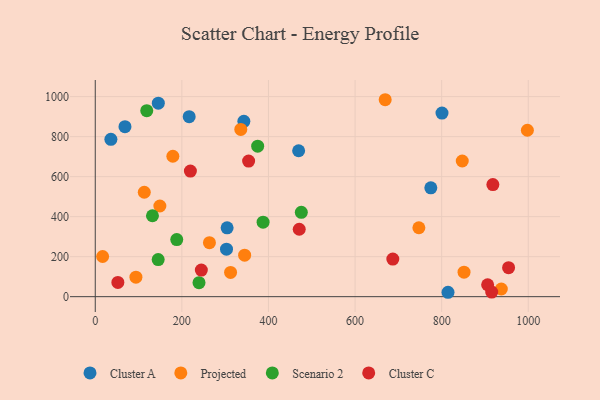
{"axis": {"x": "Speed", "y": "Salary"}, "legend": ["Cluster A", "Cluster C", "Projected", "Scenario 2"], "data": [{"x": "303.1", "y": 237.4, "type": "Cluster A"}, {"x": "800.8", "y": 917.8, "type": "Cluster A"}, {"x": "145.6", "y": 967.2, "type": "Cluster A"}, {"x": "36.1", "y": 786.6, "type": "Cluster A"}, {"x": "814.7", "y": 21.9, "type": "Cluster A"}, {"x": "343.2", "y": 876.3, "type": "Cluster A"}, {"x": "216.9", "y": 899.7, "type": "Cluster A"}, {"x": "68.6", "y": 849.8, "type": "Cluster A"}, {"x": "775.0", "y": 544.0, "type": "Cluster A"}, {"x": "469.7", "y": 729.5, "type": "Cluster A"}, {"x": "304.5", "y": 344.3, "type": "Cluster A"}, {"x": "336.1", "y": 836.2, "type": "Projected"}, {"x": "669.6", "y": 984.5, "type": "Projected"}, {"x": "113.2", "y": 522.0, "type": "Projected"}, {"x": "149.2", "y": 453.2, "type": "Projected"}, {"x": "747.4", "y": 344.4, "type": "Projected"}, {"x": "998.0", "y": 831.9, "type": "Projected"}, {"x": "179.2", "y": 701.9, "type": "Projected"}, {"x": "937.8", "y": 38.3, "type": "Projected"}, {"x": "17.0", "y": 200.7, "type": "Projected"}, {"x": "345.0", "y": 207.5, "type": "Projected"}, {"x": "93.9", "y": 97.5, "type": "Projected"}, {"x": "847.6", "y": 678.1, "type": "Projected"}, {"x": "851.7", "y": 122.6, "type": "Projected"}, {"x": "312.5", "y": 121.1, "type": "Projected"}, {"x": "263.7", "y": 269.8, "type": "Projected"}, {"x": "387.6", "y": 372.5, "type": "Scenario 2"}, {"x": "118.9", "y": 929.9, "type": "Scenario 2"}, {"x": "132.1", "y": 404.5, "type": "Scenario 2"}, {"x": "145.3", "y": 185.5, "type": "Scenario 2"}, {"x": "188.2", "y": 285.3, "type": "Scenario 2"}, {"x": "375.1", "y": 752.1, "type": "Scenario 2"}, {"x": "475.9", "y": 421.4, "type": "Scenario 2"}, {"x": "239.6", "y": 70.1, "type": "Scenario 2"}, {"x": "52.2", "y": 71.1, "type": "Cluster C"}, {"x": "906.2", "y": 59.4, "type": "Cluster C"}, {"x": "219.7", "y": 628.0, "type": "Cluster C"}, {"x": "918.3", "y": 560.5, "type": "Cluster C"}, {"x": "354.2", "y": 677.7, "type": "Cluster C"}, {"x": "471.1", "y": 337.0, "type": "Cluster C"}, {"x": "954.6", "y": 144.9, "type": "Cluster C"}, {"x": "687.2", "y": 188.0, "type": "Cluster C"}, {"x": "915.6", "y": 22.7, "type": "Cluster C"}, {"x": "245.0", "y": 132.7, "type": "Cluster C"}]}